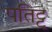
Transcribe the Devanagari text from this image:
पतिट्टु